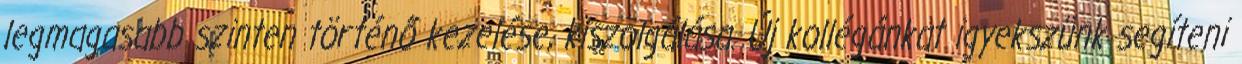
legmagasabb szinten történő kezelése, kiszolgálása. Új kollégánkat igyekszünk segíteni